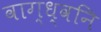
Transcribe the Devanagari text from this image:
वाग्ध्वनि